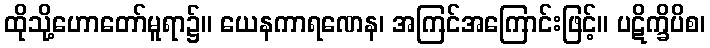
ထိုသို့ဟောတော်မူရာ၌။ ယေနကာရဏေန၊ အကြင်အကြောင်းဖြင့်။ ပဋိက္ခိပိစ၊